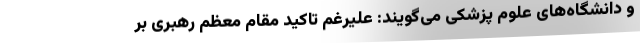
و دانشگاه‌های علوم پزشکی می‌گویند: علیرغم تاکید مقام معظم رهبری بر